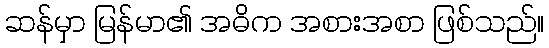
ဆန်မှာ မြန်မာ၏ အဓိက အစားအစာ ဖြစ်သည်။